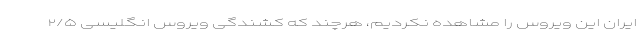
ایران این ویروس را مشاهده نکردیم، هرچند که کشندگی ویروس انگلیسی ٢/۵